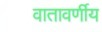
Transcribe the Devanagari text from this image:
वातावर्णीय